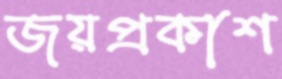
জয়প্রকাশ